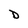
Character: D